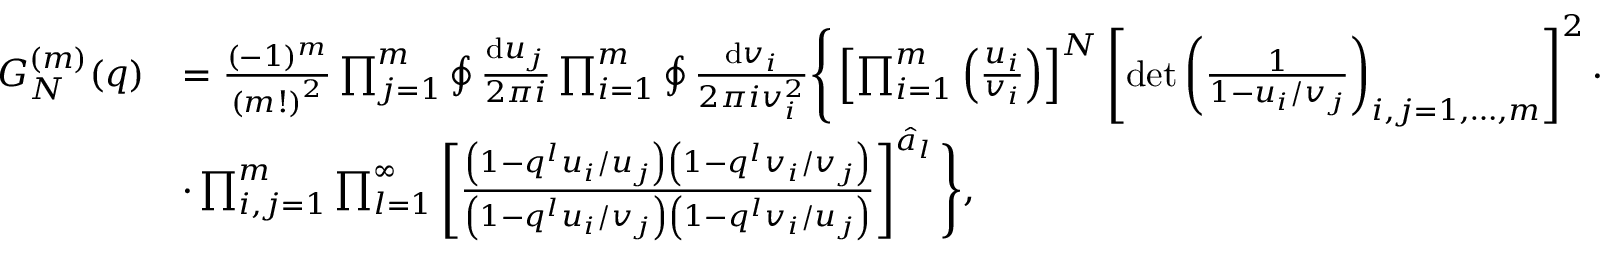
\begin{array} { r l } { G _ { N } ^ { ( m ) } ( q ) } & { = \frac { ( - 1 ) ^ { m } } { \left( m ! \right) ^ { 2 } } \prod _ { j = 1 } ^ { m } \oint \frac { { \mathrm { d } } u _ { j } } { 2 \pi i } \prod _ { i = 1 } ^ { m } \oint \frac { { \mathrm { d } } v _ { i } } { 2 \pi i v _ { i } ^ { 2 } } \Bigg \{ \left[ \prod _ { i = 1 } ^ { m } \left( \frac { u _ { i } } { v _ { i } } \right) \right] ^ { N } \left[ \operatorname* { d e t } \left( \frac { 1 } { 1 - u _ { i } / v _ { j } } \right) _ { i , j = 1 , \dots , m } \right] ^ { 2 } \cdot } \\ & { \cdot \prod _ { i , j = 1 } ^ { m } \prod _ { l = 1 } ^ { \infty } \left[ \frac { \left( 1 - q ^ { l } u _ { i } / u _ { j } \right) \left( 1 - q ^ { l } v _ { i } / v _ { j } \right) } { \left( 1 - q ^ { l } u _ { i } / v _ { j } \right) \left( 1 - q ^ { l } v _ { i } / u _ { j } \right) } \right] ^ { \hat { a } _ { l } } \Bigg \} , } \end{array}